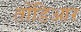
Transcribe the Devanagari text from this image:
तोंडिआर